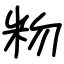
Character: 粅